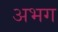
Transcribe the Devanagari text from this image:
अभग